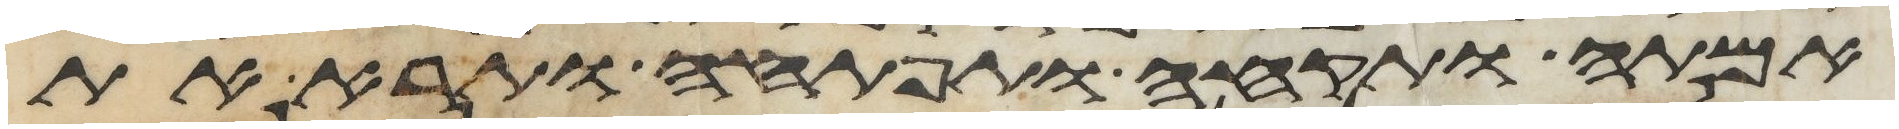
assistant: אמתה ותקחה ותפתחה ותרא את